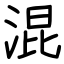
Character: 混